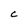
Character: C